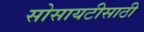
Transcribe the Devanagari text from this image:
सोसायटीसाठी